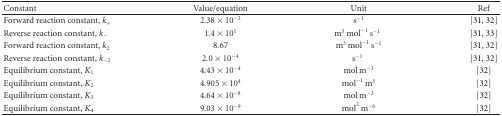
<table><thead><tr><td><b>Constant</b></td><td><b>Value/equation</b></td><td><b>Unit</b></td><td><b>Ref</b></td></tr></thead><tbody><tr><td>Forward reaction constant, <i>k</i><sub>+</sub></td><td>2.38 × 10<sup>−2</sup></td><td>s<sup>−1</sup></td><td>[31, 32]</td></tr><tr><td>Reverse reaction constant, <i>k</i><sub>−</sub></td><td>1.4 × 10<sup>1</sup></td><td>m<sup>3</sup> mol<sup>−1</sup> s<sup>−1</sup></td><td>[31, 33]</td></tr><tr><td>Forward reaction constant, <i>k</i><sub>2</sub></td><td>8.67</td><td>m<sup>3</sup> mol<sup>−1</sup> s<sup>−1</sup></td><td>[31, 32]</td></tr><tr><td>Reverse reaction constant, <i>k</i><sub>−2</sub></td><td>2.0 × 10<sup>−4</sup></td><td>s<sup>−1</sup></td><td>[31, 32]</td></tr><tr><td>Equilibrium constant, <i>K</i><sub>1</sub></td><td>4.43 × 10<sup>−4</sup></td><td>mol m<sup>−3</sup></td><td>[32]</td></tr><tr><td>Equilibrium constant, <i>K</i><sub>2</sub></td><td>4.905 × 10<sup>4</sup></td><td>mol<sup>−1</sup> m<sup>3</sup></td><td>[32]</td></tr><tr><td>Equilibrium constant, <i>K</i><sub>3</sub></td><td>4.64 × 10<sup>−8</sup></td><td>mol m<sup>−3</sup></td><td>[32]</td></tr><tr><td>Equilibrium constant, <i>K</i><sub>4</sub></td><td>9.03 × 10<sup>−9</sup></td><td>mol<sup>2</sup> m<sup>−6</sup></td><td>[32]</td></tr></tbody></table>